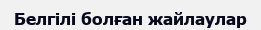
Белгілі болған жайлаулар